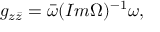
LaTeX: g _ { z \bar { z } } = \bar { \omega } ( I m \Omega ) ^ { - 1 } \omega ,